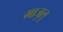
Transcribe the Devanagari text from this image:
गाजुलु